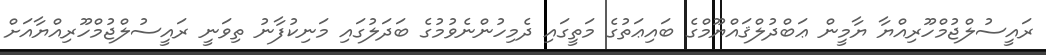
ރައީސުލްޖުމްހޫރިއްޔާ ޔާމީން ޢަބްދުލްޤައްޔޫމްގެ ބައިޢަތުގެ މަތީގައި ދެމިހުންނެވުމުގެ ބަދަލުގައި މަނިކުފާނު ތިވަނީ ރައީސުލްޖުމްހޫރިއްޔާއަށް